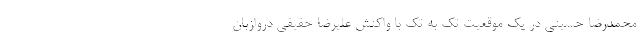
محمدرضا حسینی در یک موقعیت تک به تک با واکنش علیرضا حقیقی دروازبان